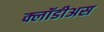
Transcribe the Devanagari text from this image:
क्लॉडीअस